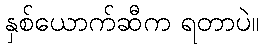
နှစ်ယောက်ဆီက ရတာပဲ။